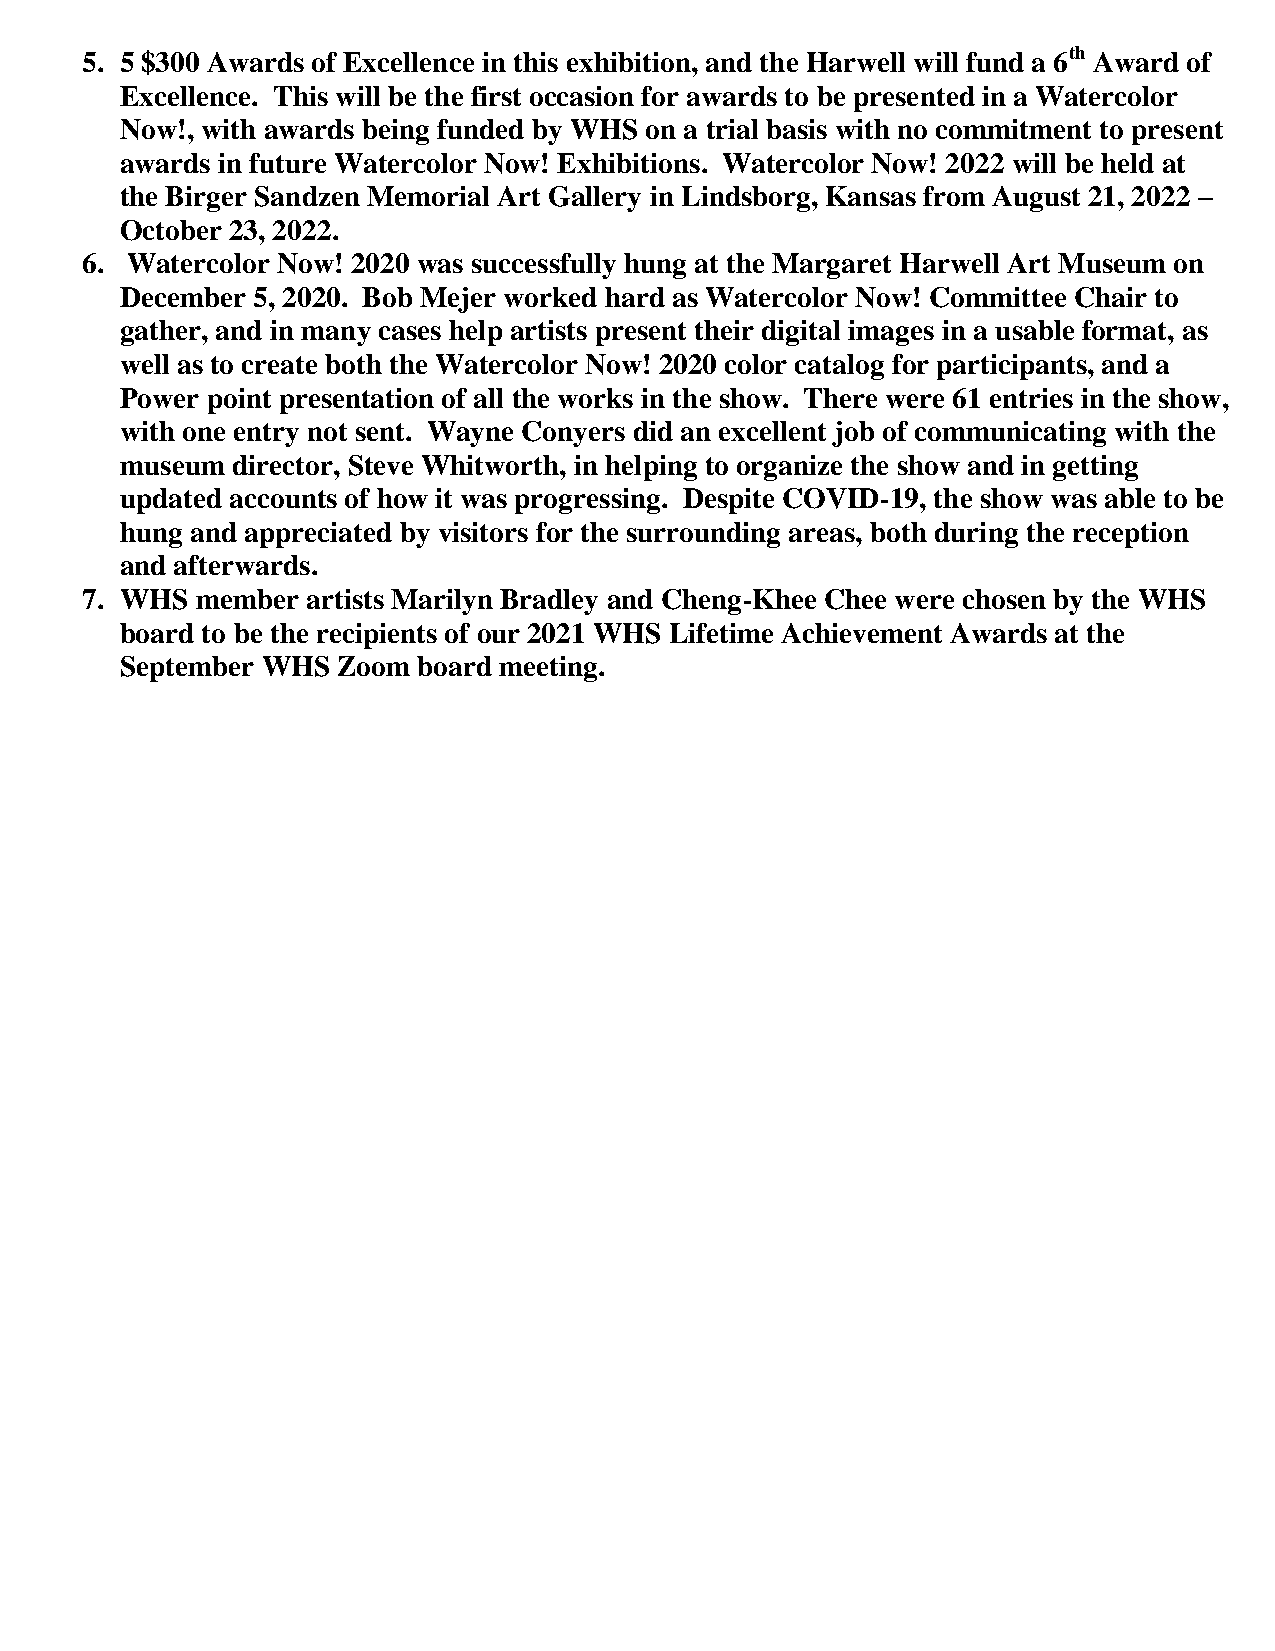
5. 5 $300 Awards of Excellence in this exhibition, and the Harwell will fund a 6th Award of
 Excellence. This will be the first occasion for awards to be presented in a Watercolor
 Now!, with awards being funded by WHS on a trial basis with no commitment to present
 awards in future Watercolor Now! Exhibitions. Watercolor Now! 2022 will be held at
 the Birger Sandzen Memorial Art Gallery in Lindsborg, Kansas from August 21, 2022 –
 October 23, 2022.
 6. Watercolor Now! 2020 was successfully hung at the Margaret Harwell Art Museum on
 December 5, 2020. Bob Mejer worked hard as Watercolor Now! Committee Chair to
 gather, and in many cases help artists present their digital images in a usable format, as
 well as to create both the Watercolor Now! 2020 color catalog for participants, and a
 Power point presentation of all the works in the show. There were 61 entries in the show,
 with one entry not sent. Wayne Conyers did an excellent job of communicating with the
 museum director, Steve Whitworth, in helping to organize the show and in getting
 updated accounts of how it was progressing. Despite COVID-19, the show was able to be
 hung and appreciated by visitors for the surrounding areas, both during the reception
 and afterwards.
 7. WHS  member artists Marilyn Bradley and Cheng-Khee Chee were chosen by the WHS
 board to be the recipients of our 2021 WHS Lifetime Achievement Awards at the
 September WHS Zoom  board meeting.